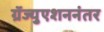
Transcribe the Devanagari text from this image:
ग्रॅज्युएशननंतर